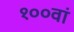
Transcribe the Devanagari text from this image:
१००वां